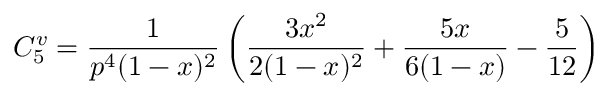
C _ { 5 } ^ { v } = \frac { 1 } { p ^ { 4 } ( 1 - x ) ^ { 2 } } \left( \frac { 3 x ^ { 2 } } { 2 ( 1 - x ) ^ { 2 } } + \frac { 5 x } { 6 ( 1 - x ) } - \frac 5 { 1 2 } \right)